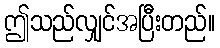
ဤသည်လျှင်အပြီးတည်။